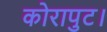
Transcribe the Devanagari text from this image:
कोरापुट।